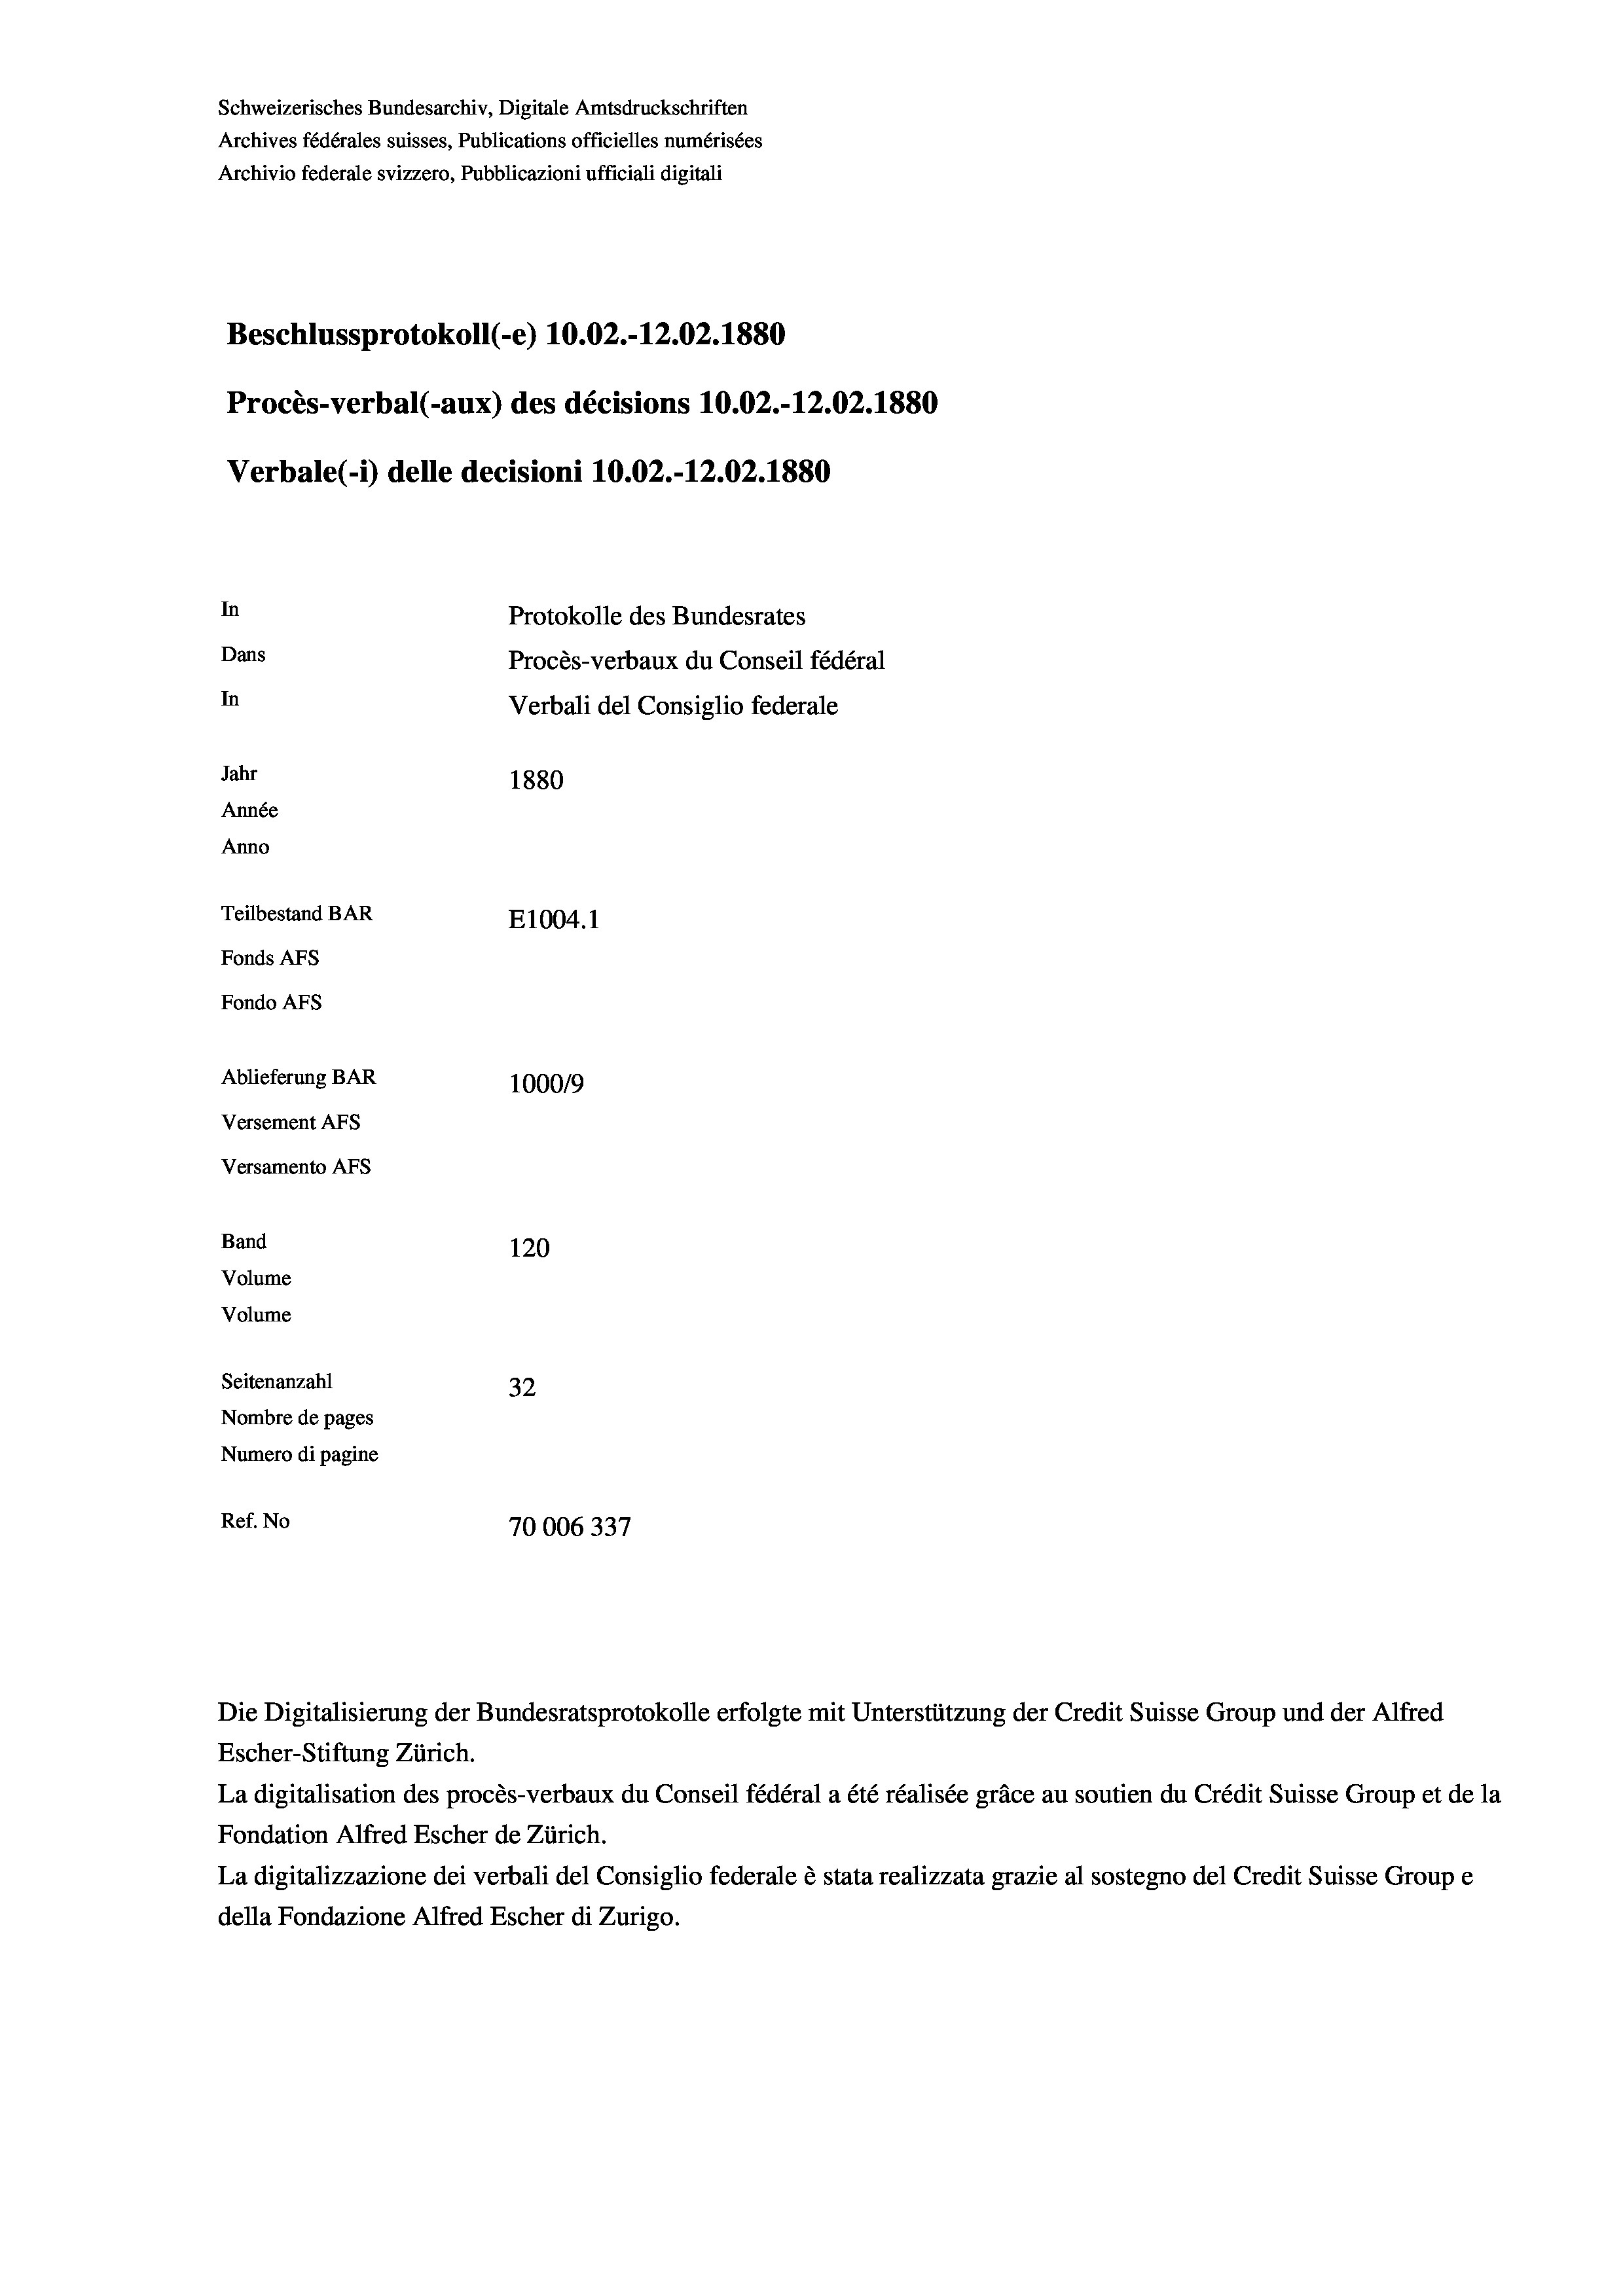
Schweizerisches Bundesarchiv, Digitale Amtsdruckschriften
Archives fédérales suisses, Publications officielles numérisées
Archivio federale svizzero, Pubblicazioni ufficiali digitali
Beschlussprotokoll (-e) 10.02.-12.02.1880
Procès-verbal (-aux) des décisions 10.02.-12.02.1880
Verbale(-*) delle decisioni 10.02.-12.02. 1880
In
Protokolle des Bundesrates
Dans
Procès-verbaux du Conseil fédéral
In
Verbali del Consiglio federale
Jahr
1880
Année
Anno
Teilbestand BAR
E1004. 1
Fonds AFs
Fondo Afs
Ablieferung BAR
100019
Versement AFs
Versamento AFS
Band
120

Volume
Volume
Seitenanzahl
32
Nombre de pages
Numero di pagine
Ref. No
70006337

Escher-Stiftung Zürich.
La digitalisation des procès-verbaux du Conseil fédéral a été réalisée gräce au soutien du Crédit Suisse Group et de la
Fondation Alfred Escher de Zürich.
La digitalizzazione dei verbali del Consiglio federale è stata realizzata grazie al sostegno del Credit Suisse Groupe
della Fondazione Alfred Escher di Zurigo.

Die Digitalisierung der Bundesratsprotokolle erfolgte mit Unterstützung der Credit Suisse Group und der Alfred